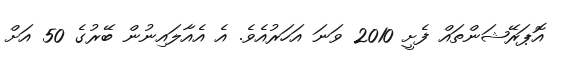
އޮޕަރޭޝަންތައް ފެށީ 2010 ވަނަ އަހަރުއެވެ. އެ އެއާލައިނުން ބޭރުގެ 50 އަށް